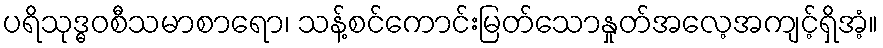
ပရိသုဒ္ဓဝစီသမာစာရော၊ သန့်စင်ကောင်းမြတ်သောနှုတ်အလေ့အကျင့်ရှိအံ့။